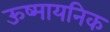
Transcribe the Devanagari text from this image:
ऊष्मायनिक